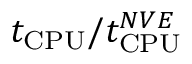
t _ { \mathrm { C P U } } / t _ { \mathrm { C P U } } ^ { N V E }